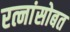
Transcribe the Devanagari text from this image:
रत्नांसोबत